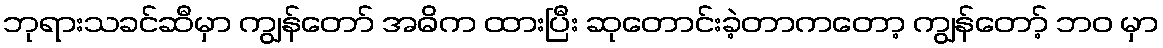
ဘုရားသခင်ဆီမှာ ကျွန်တော် အဓိက ထားပြီး ဆုတောင်းခဲ့တာကတော့ ကျွန်တော့် ဘဝ မှာ